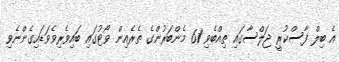
އެ ބިލް ފާސްކުރީ ޖަލްސާގައި ތިއްބެވި 61 މެންބަރުންގެ ތެރެއިން ވޯޓުގައި ބައިވެރިވެވަޑައިގެންނެވި